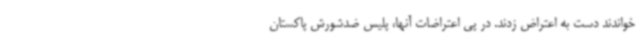
خواندند دست به اعتراض زدند. در پی اعتراضات آنها، پلیس ضدشورش پاکستان